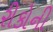
રીકોની